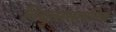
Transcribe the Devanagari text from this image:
विद्युतरसायनिक